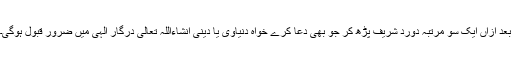
بعد ازاں ایک سو مرتبہ دورد شریف پڑھ کر جو بھی دعا کرے خواہ دنیاوی یا دینی انشاءاللہ تعالٰی درگار الٰہی میں ضرور قبول ہوگی۔